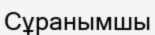
Сұранымшы